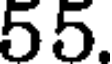
55.